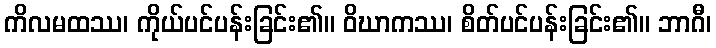
ကိလမထဿ၊ ကိုယ်ပင်ပန်းခြင်း၏။ ဝိဃာကဿ၊ စိတ်ပင်ပန်းခြင်း၏။ ဘာဂီ၊